Scottish Leaving Certificate Examination, 1956
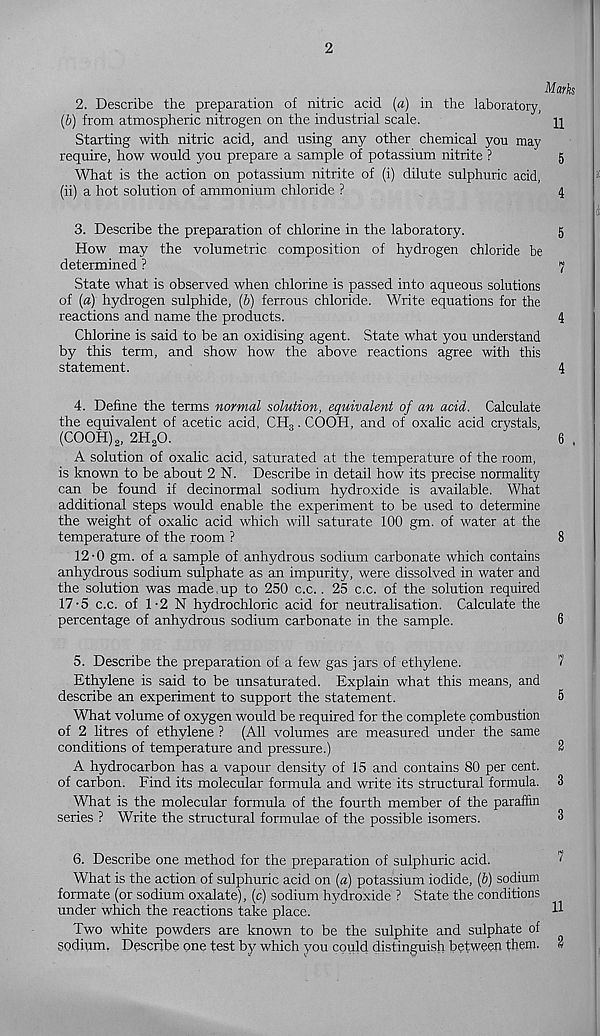
2
Marks
2. Describe the preparation of nitric acid («) in the laboratory,
(&) from atmospheric nitrogen on the industrial scale.
Starting with nitric acid, and using any other chemical you may
require, how would you prepare a sample of potassium nitrite ?
5
What is the action on potassium nitrite of (i) dilute sulphuric acid,
(ii) a hot solution of ammonium chloride ?
4
3. Describe the preparation of chlorine in the laboratory.
5
How may the volumetric composition of hydrogen chloride be
determined ?
7
State what is observed when chlorine is passed into aqueous solutions
of (a) hydrogen sulphide, (6) ferrous chloride. Write equations for the
reactions and name the products.
4
Chlorine is said to be an oxidising agent. State what you understand
by this term, and show how the above reactions agree with this
statement.
4
4. Define the terms normal solution, equivalent of an acid. Calculate
the equivalent of acetic acid, CH 3 . COOH, and of oxalic acid crystals,
(COOH) 2 , 2H 2 0.
'
6 ,
A solution of oxalic acid, saturated at the temperature of the room,
is known to be about 2 N. Describe in detail how its precise normality
can be found if decinormal sodium hydroxide is available. What
additional steps would enable the experiment to be used to determine
the weight of oxalic acid which will saturate 100 gm. of water at the
temperature of the room ?
8
12-0 gm. of a sample of anhydrous sodium carbonate which contains
anhydrous sodium sulphate as an impurity, were dissolved in water and
the solution was made up to 250 c.c.. 25 c.c. of the solution required
17-5 c.c. of 1-2 N hydrochloric acid for neutralisation. Calculate the
percentage of anhydrous sodium carbonate in the sample.
6
5. Describe the preparation of a few gas jars of ethylene.
7
Ethylene is said to be unsaturated. Explain what this means, and
describe an experiment to support the statement.
5
What volume of oxygen would be required for the complete combustion
of 2 litres of ethylene ? (All volumes are measured under the same
conditions of temperature and pressure.)
2
A hydrocarbon has a vapour density of 15 and contains 80 per cent,
of carbon. Find its molecular formula and write its structural formula. 3
What is the molecular formula of the fourth member of the paraffin
series ? Write the structural formulae of the possible isomers.
3
6. Describe one method for the preparation of sulphuric acid.
What is the action of sulphuric acid on [a) potassium iodide, (6) sodium
formate (or sodium oxalate), (c) sodium hydroxide ? State the conditions
under which the reactions take place.
H
Two white powders are known to be the sulphite and sulphate of
sodium. Describe one test by which you could distinguish between them. 2